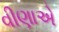
વીણાએ